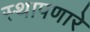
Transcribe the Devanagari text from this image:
स्थापणारे